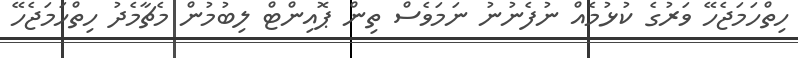
ހިތްހަމަޖެހޭ ވަރުގެ ކުޅުމެއް ނުފެނުނު ނަމަވެސް ތިން ޕޮއިންޓް ލިބުމުން މެޗާމެދު ހިތްހަމަޖެހޭ